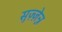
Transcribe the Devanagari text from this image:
सुज़्ज़ेन्न